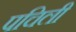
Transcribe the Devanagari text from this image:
पचिली